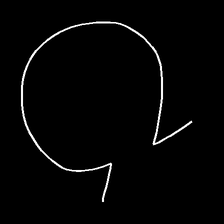
Glyph: weave